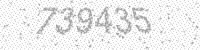
Solution: 739435